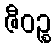
ဇီဝဉ္စ